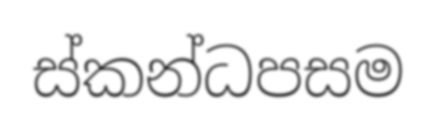
ස්කන්ධපසම